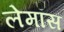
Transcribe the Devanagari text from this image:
लेमॉस